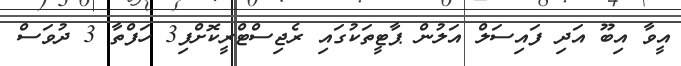
އީވާ އިބޫ އަދި ފައިސަލް އަލުން ޕާޓީތަކުގައި ރެޖިސްޓްރީކޮށްފި3 ހަފްތާ 3 ދުވަސް